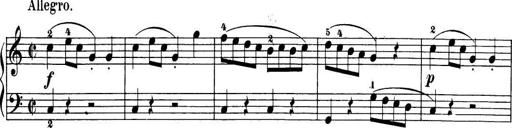
Title: 32 Sonatinas and Rondos for the Piano
Composer: Richard Kleinmichel